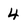
Character: 4